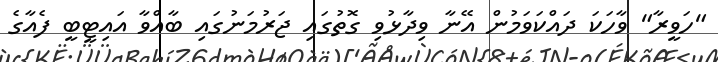
"ހަވީރާ" ވާހަކަ ދައްކަވަމުން އޭނާ ވިދާޅުވި ގޮތުގައި ޖަރުމަނުގައި ބާއްވާ އައިޓީބީ ފެއާގެ